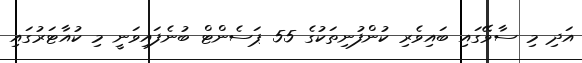
އަދި މި ސާވޭގައި ބައިވެރި ކުންފުނިތަކުގެ 55 ޕަސެންޓް ބުނެފައިވަނީ މި ކުއާޓަރުގައި